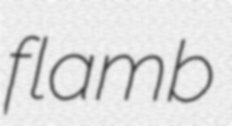
flamb